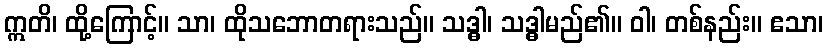
ဣတိ၊ ထို့ကြောင့်။ သာ၊ ထိုသဘောတရားသည်။ သဒ္ဓါ၊ သဒ္ဓါမည်၏။ ဝါ၊ တစ်နည်း။ ဧသာ၊